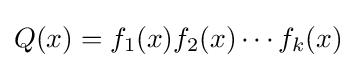
Q(x)=f_{1}(x)f_{2}(x)\cdots f_{k}(x)